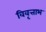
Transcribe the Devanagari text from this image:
विवृत्ताभ